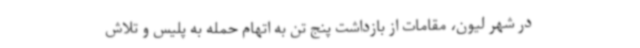
در شهر لیون، مقامات از بازداشت پنج تن به اتهام حمله به پلیس و تلاش